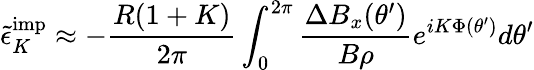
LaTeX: {\tilde{\epsilon}}_{K}^{\textrm{imp}}\approx-\frac{R(1+K)}{2\pi}\int_{0}^{2\pi}\frac{\Delta B_{x}(\theta^{\prime})}{B\rho}e^{iK\Phi(\theta^{\prime})}d\theta^{\prime}